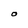
Character: O